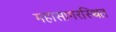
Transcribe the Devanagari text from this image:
महासागरस्थित